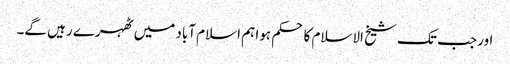
اور جب تک شیخ الاسلام کا حکم ہوا ہم اسلام آباد میں ٹھہرے رہیں گے۔